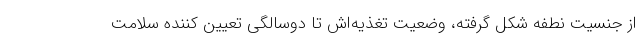
از جنسیتِ نطفه شکل گرفته، وضعیت تغذیه‌اش تا دوسالگی تعیین کننده سلامت